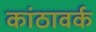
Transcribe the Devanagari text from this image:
कांठावर्क